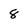
Character: 8